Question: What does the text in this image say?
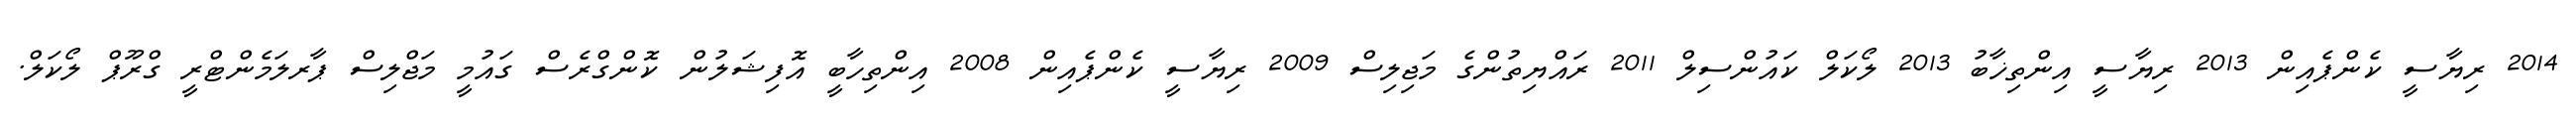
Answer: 2014 ރިޔާސީ ކެންޕެއިން 2013 ރިޔާސީ އިންތިޚާބު 2013 ލޯކަލް ކައުންސިލް 2011 ރައްޔިތުންގެ މަޖިލިސް 2009 ރިޔާސީ ކެންޕެއިން 2008 އިންތިހާބީ އޮފިޝަލުން ކޮންގްރެސް ގައުމީ މަޖްލިސް ޕާރލަމެންޓްރީ ގްރޫޕް ލޯކަލް.